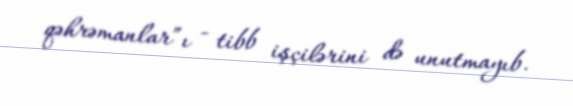
qəhrəmanlar”ı - tibb işçilərini də unutmayıb.